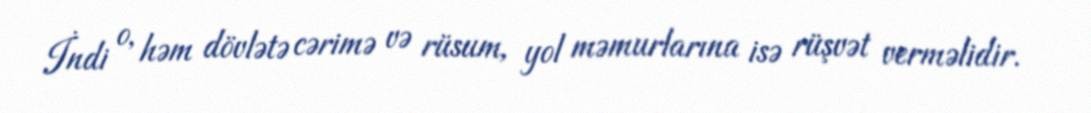
İndi o, həm dövlətə cərimə və rüsum, yol məmurlarına isə rüşvət verməlidir.